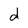
Character: d